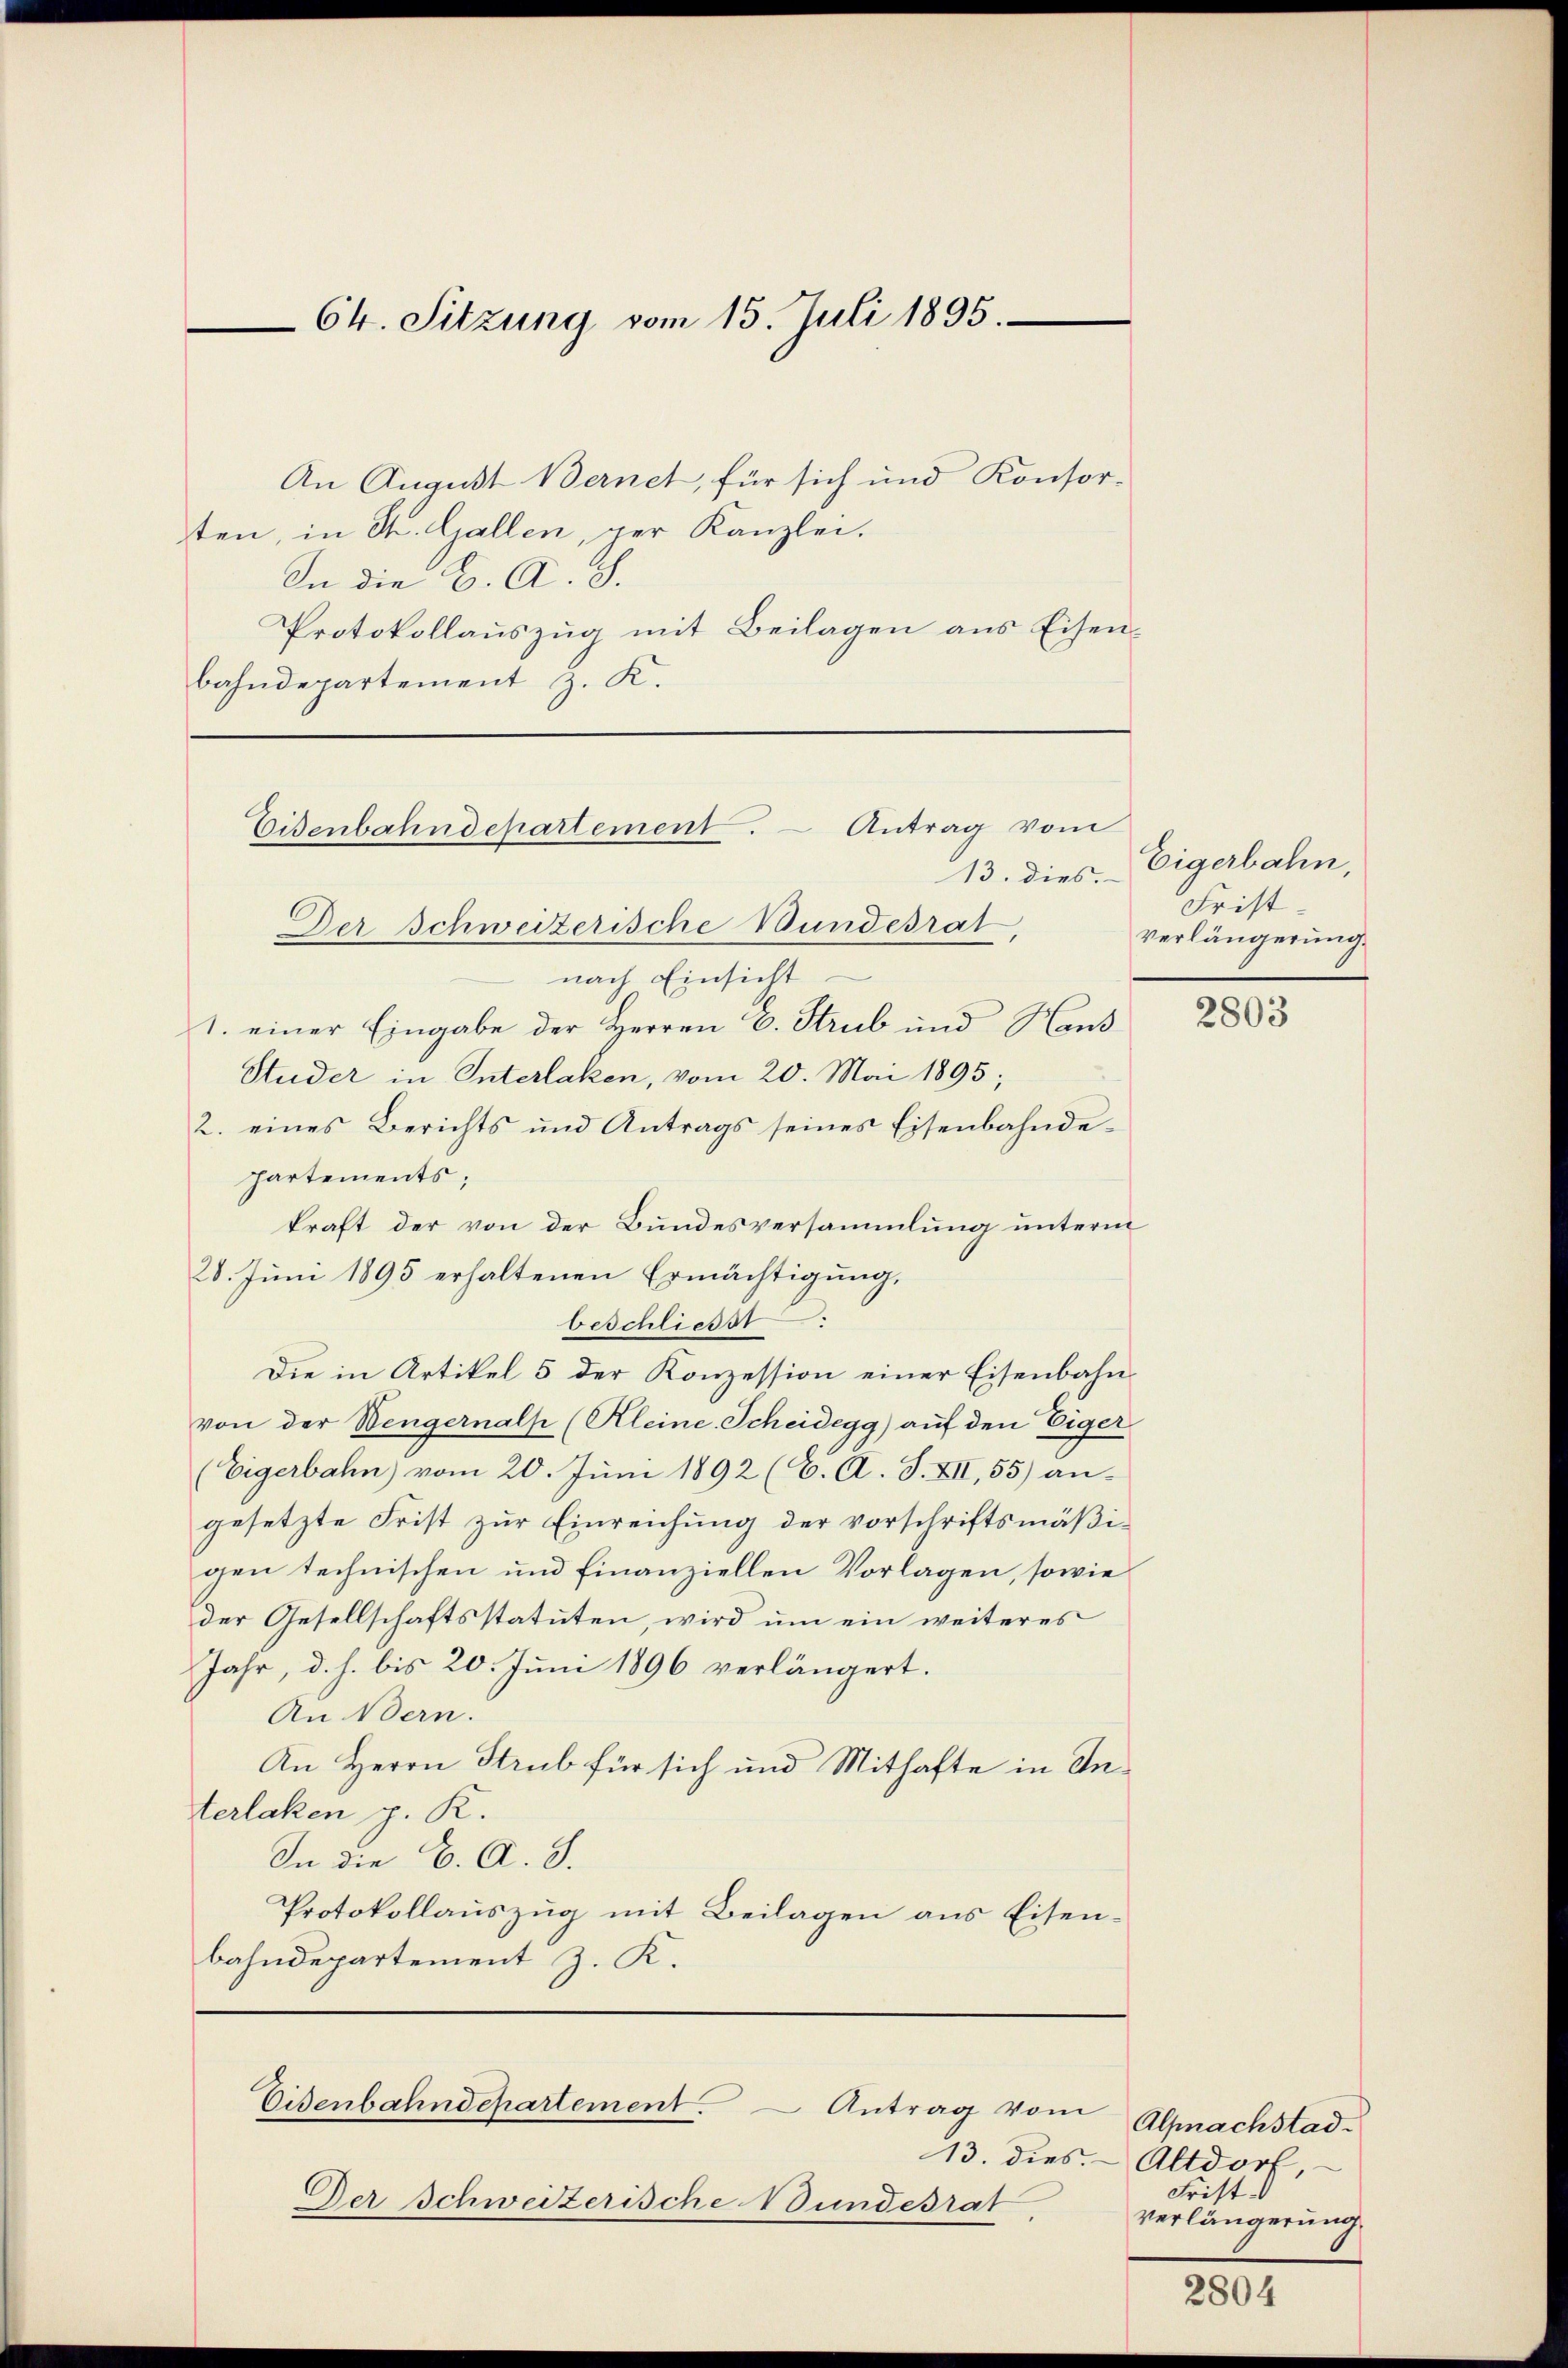
An August Bernet, für sich und Konsor-
ten, in St. Gallen, der Kanzlei.
In die H. A. S.
Protokollauszug mit Beilagen aus Eisenbahndepartement z. K.

64. Sitzung vom 15. Juli 1895.

Eisenbahndepartement. - Antrag vom
13. dies.

Der Schweizerische Bundesrat
nach Einsicht
1. einer Eingabe der Herren E. Strub und Hand
Studer in Interlaken, vom 20. Mai 1895;
2. eines Berichts und Antrags seines Eisenbahnde-
Partements,
kraft der von der Bundesversammlung unterm
28. Juni 1895 erhaltenen Ermächtigung,
beschliesst
Die in Artikel 5 der Konzession einer Eisenbahn
von der Wengernalp (Kleine Scheidegg) auf den Eiger
(Eigerbahn vom 20. Juni 1892 (C. A. S. XII, 55) angesetzte Frist zur Einreichung der vorschriftsmäßigen technischen und Finanziellen Vorlagen, sowie
der Gesellschaftsstatuten, wird um ein weiteres
Jahr, d. h. bis 20. Juni 1896 verlängert.
An Bern.
An Herrn Strub für sich und Mithafte in Interlaken p. K.
In die C. A. S.
Protokollauszug mit Beilagen aus Eisenbahndepartement z. K.

Der Schweizerische Wundesrat

Eisenbahndepartement. Antrag vom

Eigerbahn,
Frist.
verlängerung.

2803

Alpnachstad
13. dies. Altdorf,
Frist d
verlängerung.

2804